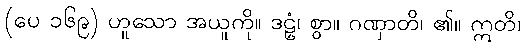
(ပေ ၁၆၉) ဟူသော အယူကို။ ဒဠှံ၊ စွာ။ ဂဏှာတိ၊ ၏။ ဣတိ၊